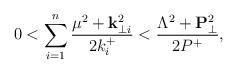
LaTeX: \begin{align*}0 < \sum_{i=1}^{n} \frac{\mu^2+{\bf k}_{\perp i}^2}{2k^+_i} < \frac{\Lambda^2+{\bf P}_{\perp}^2}{2P^+} ,\end{align*}